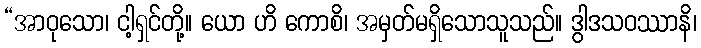
“အာဝုသော၊ ငါ့ရှင်တို့။ ယော ဟိ ကောစိ၊ အမှတ်မရှိသောသူသည်။ ဒွါဒသဝဿာနိ၊